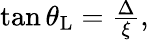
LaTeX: \begin{array}{r}{\tan\theta_{\mathrm{L}}=\frac{\Delta}{\xi},}\end{array}